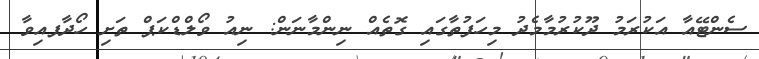
ސެންޓޭއާ އަކުރަމު ދޫކުރުމާމެދު މިހަފުތާގައި ގޮތެއް ނިންމާނަން: ނިއު ވޯލްޑްކަޕް ތަށި ހޯދާފއިވާ